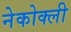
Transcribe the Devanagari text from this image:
नेकोक्ली